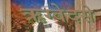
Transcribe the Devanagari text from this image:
ऋग्वेदसे